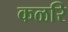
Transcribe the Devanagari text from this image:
कळरि